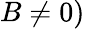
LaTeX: B\neq 0)